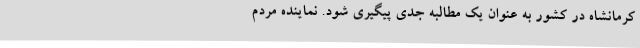
کرمانشاه در کشور به عنوان یک مطالبه جدی پیگیری شود. نماینده مردم